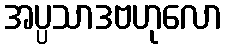
အပ္ပသာဒဗဟုလော